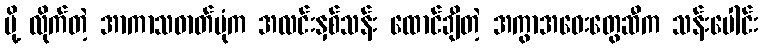
ပို့ လိုက်တဲ့ အာကာသဓာတ်ပုံက အလင်းနှစ်သန်း ထောင်ချီတဲ့ အကွာအဝေးတွေဆီက သန်းပေါင်း